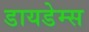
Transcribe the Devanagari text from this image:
डायडेम्स